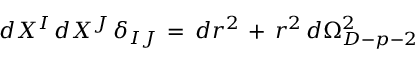
\, d X ^ { I } \, d X ^ { J } \, \delta _ { I J } \, = \, d r ^ { 2 } \, + \, r ^ { 2 } \, d \Omega _ { D - p - 2 } ^ { 2 }